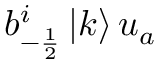
b _ { - \frac { 1 } { 2 } } ^ { i } \left| k \right> u _ { a }